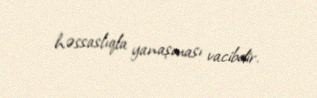
həssaslıqla yanaşması vacibdir.